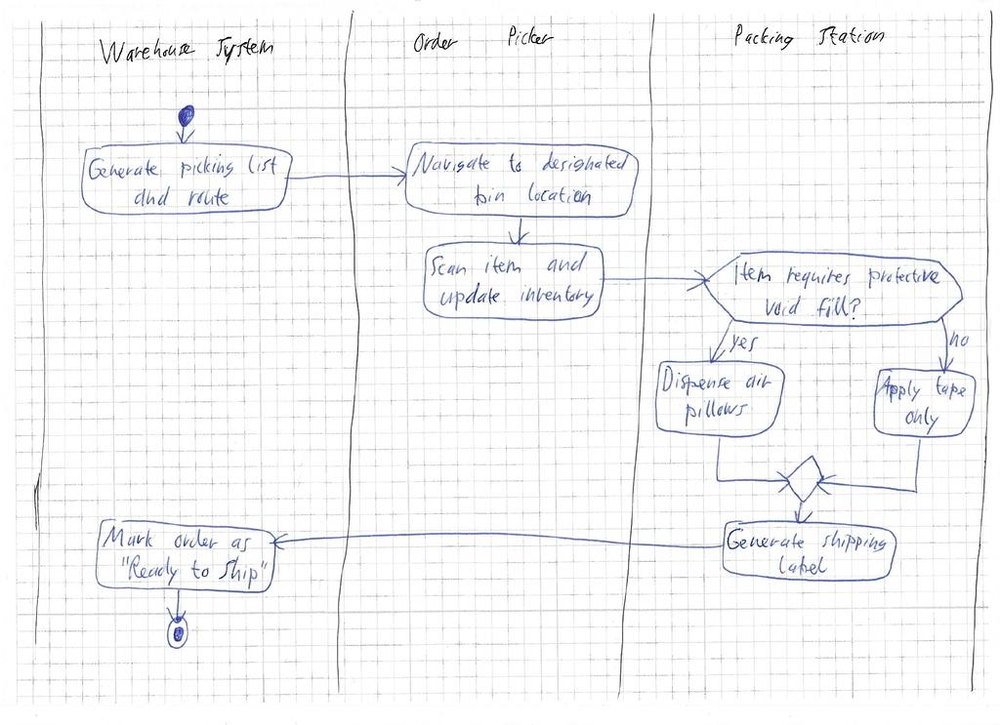
Diagram type: activity_diagram
```plantuml
@startuml

|Warehouse System|
|Order Picker|
|Packing Station|

|Warehouse System|
start
:Generate picking list and route;

|Order Picker|
:Navigate to designated bin location;
:Scan item and update inventory;

|Packing Station|
if (Item requires protective void fill?) then (yes)
  :Dispense air pillows;
else (no)
  :Apply tape only;
endif

:Generate shipping label;

|Warehouse System|
:Mark order as "Ready to Ship";

stop

@enduml
```